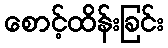
စောင့်ထိန်းခြင်း